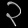
Digit: ၃